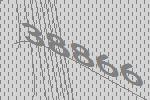
38866